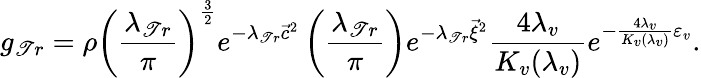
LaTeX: g_{\mathscr{T}r}=\rho\left(\frac{{\lambda_{\mathscr{T}r}}}{{\pi}}\right)^{\frac{{3}}{{2}}}e^{-\lambda_{\mathscr{T}r}{\vec{{c}}}^{2}}\left(\frac{{\lambda_{\mathscr{T}r}}}{{\pi}}\right)e^{-\lambda_{\mathscr{T}r}{\vec{{\xi}}}^{2}}\frac{{4\lambda_{v}}}{{K_{v}(\lambda_{v})}}e^{-\frac{{4\lambda_{v}}}{{K_{v}(\lambda_{v})}}\varepsilon_{v}}.